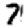
Digit: 7